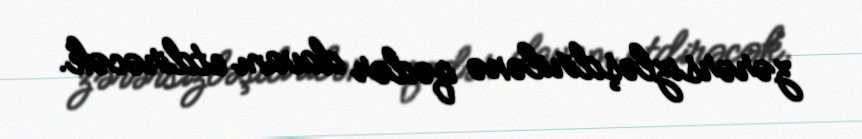
zərərsizləşdirilənə qədər davam etdirəcək.